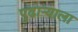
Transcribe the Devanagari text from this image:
पुढाऱ्याला